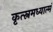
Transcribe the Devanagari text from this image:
कृत्स्नमध्यात्मं